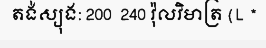
តង់ស្យុង: 200  240 វ៉ុលវិមាត្រ (L *